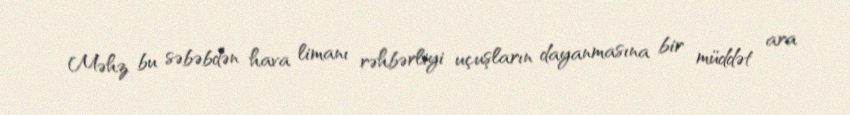
Məhz bu səbəbdən hava limanı rəhbərliyi uçuşların dayanmasına bir müddət ara